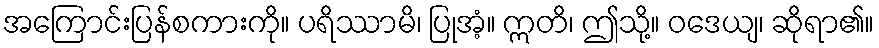
အကြောင်းပြန်စကားကို။ ပရိဿာမိ၊ ပြုအံ့။ ဣတိ၊ ဤသို့။ ဝဒေယျ၊ ဆိုရာ၏။